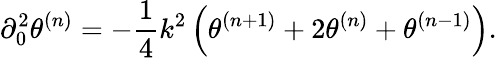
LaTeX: \partial_{0}^{2}{\theta}^{(n)}=-\frac{1}{4}k^{2}\left(\theta^{(n+1)}+2\theta^{(n)}+\theta^{(n-1)}\right).